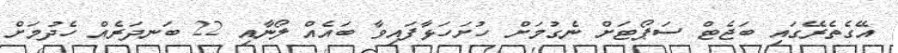
އޭގެތެރޭގައި ބަޖެޓް ސަޕޯޓަށް ނެގުމަށް ހުށަހަޅާފައިވާ ބައެއް ލޯނާއި 22 ބަނދަރެއް ހެދުމަށް